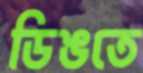
ডিঙতে